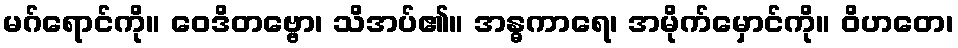
မဂ်ရောင်ကို။ ဝေဒိတဗ္ဗော၊ သိအပ်၏။ အန္ဓကာရေ၊ အမိုက်မှောင်ကို။ ဝိဟတေ၊